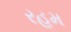
રહમ